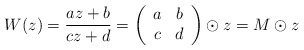
\begin{align*}W(z)=\frac{az+b}{cz+d}=\left(\begin{array}{cc}a&b\\c&d\end{array}\right)\odot z=M \odot z\end{align*}